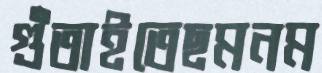
গুঁতাইতেছমনম